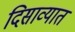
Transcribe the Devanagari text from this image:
दिसाव्यात